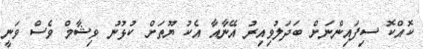
ކޮއްކޮ ސިފައިންނަށް ބަދަލުވިއިރު އޭނާއާ އެކު ޔޫތަށް ކުޅުނު ވިޝާމް ވެސް ވަނީ